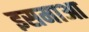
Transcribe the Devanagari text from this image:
इसमाआ